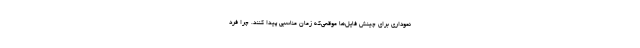
نموداری برای چینش فایل‌ها موقعی‌که زمان مناسبی پیدا کنند. چرا فرد